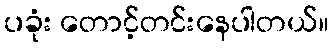
ပခုံး တောင့်တင်းနေပါတယ်။